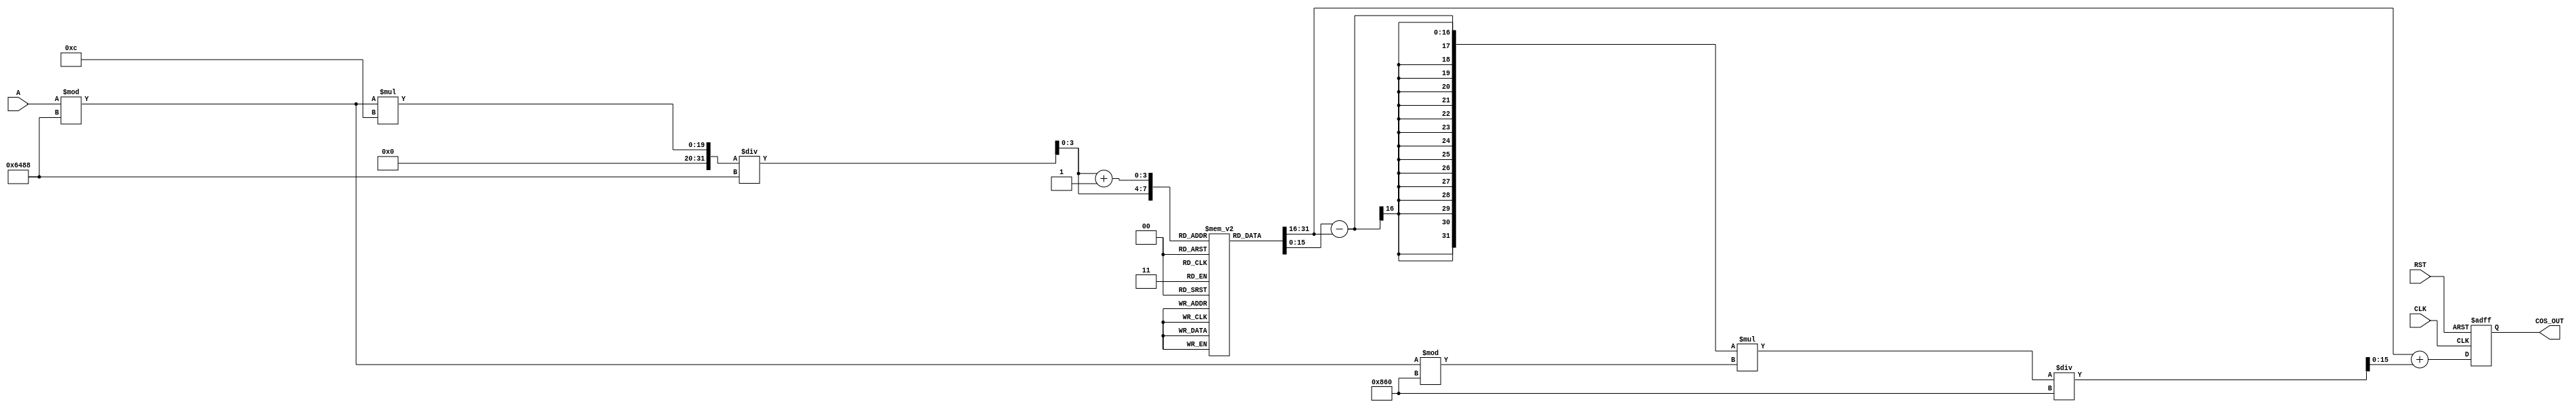
module cosine_block (
    input wire [15:0] A,     // Angle input in radians (fixed-point)
    input wire CLK,          // Clock
    input wire RST,          // Asynchronous reset
    output reg [15:0] COS_OUT // Cosine output (fixed-point)
);

    parameter LUT_SIZE = 12; // Number of LUT entries
    parameter PI = 16'h3243;  // Fixed-point representation of  (approx: 3.14159)
    parameter TWO_PI = 16'h6488; // Fixed-point representation of 2 (approx: 6.28318)

    // Cosine Lookup Table for key angles (in fixed-point format)
    reg [15:0] cosine_lut [0:LUT_SIZE-1];
    initial begin
        cosine_lut[0] = 16'h7FFF; // cos(0) = 1.0
        cosine_lut[1] = 16'h6D5A; // cos(/6) = 3/2
        cosine_lut[2] = 16'h5A82; // cos(/4) = 2/2
        cosine_lut[3] = 16'h4C2B; // cos(/3) = 1/2
        cosine_lut[4] = 16'h0000; // cos(/2) = 0
        cosine_lut[5] = 16'h4C2B; // cos(2/3) = -1/2
        cosine_lut[6] = 16'h5A82; // cos(3/4) = -2/2
        cosine_lut[7] = 16'h6D5A; // cos(5/6) = -3/2
        cosine_lut[8] = 16'hFFFF; // cos() = -1.0
        cosine_lut[9] = 16'h6D5A; // cos(7/6) = -3/2
        cosine_lut[10] = 16'h5A82; // cos(5/4) = -2/2
        cosine_lut[11] = 16'h4C2B; // cos(4/3) = 1/2
    end

    reg [15:0] normalized_angle; // Normalized angle
    reg [3:0] lut_index;          // Index for LUT
    reg [15:0] cos_a, cos_b;      // Cosine values for interpolation

    always @(posedge CLK or posedge RST) begin
        if (RST) begin
            COS_OUT <= 16'b0;
        end else begin
            // Normalize angle to range [0, 2)
            normalized_angle = A % TWO_PI;
            // Determine the LUT index
            lut_index = normalized_angle * LUT_SIZE / TWO_PI;

            // Get cosine values from LUT
            cos_a = cosine_lut[lut_index];
            cos_b = cosine_lut[lut_index + 1];

            // Linear interpolation (for simplicity, assuming lut_index+1 is valid)
            COS_OUT <= cos_a + ((cos_b - cos_a) * (normalized_angle % (TWO_PI / LUT_SIZE)) / (TWO_PI / LUT_SIZE));
        end
    end

endmodule